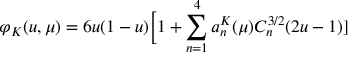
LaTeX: \varphi _ { K } ( u , \mu ) = 6 u ( 1 - u ) \Big [ 1 + \sum _ { n = 1 } ^ { 4 } a _ { n } ^ { K } ( \mu ) C _ { n } ^ { 3 / 2 } ( 2 u - 1 ) ]